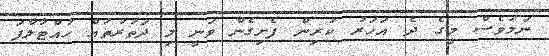
ނަމަވެސް މީގެ ދެ އަހަރު ކުރިން ފެށިގެން ވަނީ މި ދަތުރުތައް ހުއްޓާލާފަ